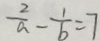
\frac { 2 } { a } - \frac { 1 } { b } = 7